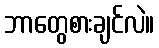
ဘာတွေစားချင်လဲ။